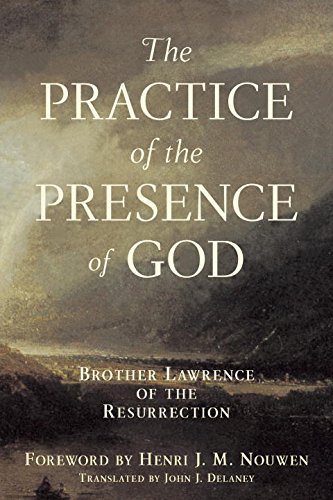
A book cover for The Practice of the Presence of God; Brother Lawrence of the Resurrection; Literature & Fiction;